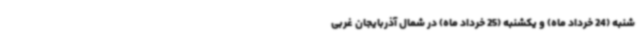
شنبه (24 خرداد ماه) و یکشنبه (25 خرداد ماه) در شمال آذربایجان غربی